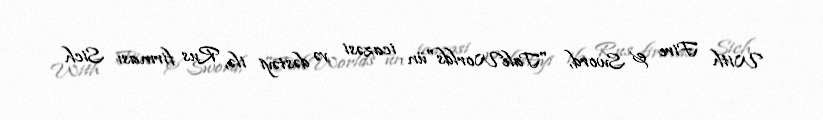
With Fire & Sword, "TaleWorlds"ün icazəsi və dəstəyi ilə, Rus firması Sich